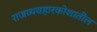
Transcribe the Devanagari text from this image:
राजव्यवहारकोशातील